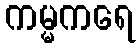
ကမ္မကရေ